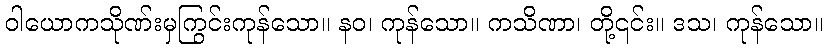
ဝါယောကသိုဏ်းမှကြွင်းကုန်သော။ နဝ၊ ကုန်သော။ ကသိဏာ၊ တို့၎င်း။ ဒသ၊ ကုန်သော။